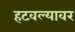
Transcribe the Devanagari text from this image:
हटवल्यावर